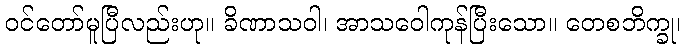
ဝင်တော်မူပြီလည်းဟု။ ခိဏာသဝါ၊ အာသဝေါကုန်ပြီးသော။ တေစဘိက္ခု၊